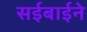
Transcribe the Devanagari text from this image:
सईबाईने